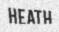
HEATH